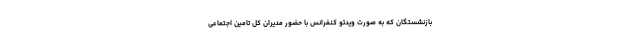
بازنشستگان که به صورت ویدئو کنفرانس با حضور مدیران کل تامین اجتماعی